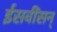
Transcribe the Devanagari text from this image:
ईसवींसन्